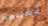
قضيتهم